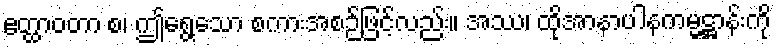
ဧတ္ထာဝတာ စ၊ ဤရွေ့သော စကားအစဉ်ဖြင့်လည်း။ အဿ၊ ထိုအာနာပါနကမ္မဋ္ဌာန်းကို